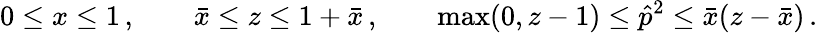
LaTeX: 0\le x\le 1\, ,\qquad\bar{x}\le z\le 1+\bar{x}\, ,\qquad\mathrm{max}(0,z-1)\le\hat{p}^{2}\le\bar{x}(z-\bar{x})\, .